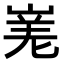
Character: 𭖾